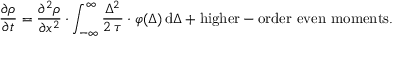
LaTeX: { \frac { \partial \rho } { \partial t } } = { \frac { \partial ^ { 2 } \rho } { \partial x ^ { 2 } } } \cdot \int _ { - \infty } ^ { \infty } { \frac { \Delta ^ { 2 } } { 2 \, \tau } } \cdot \varphi ( \Delta ) \, \mathrm { d } \Delta + { \mathrm { h i g h e r - o r d e r ~ e v e n ~ m o m e n t s . } }